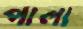
পালা